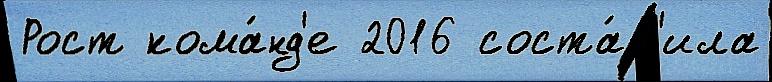
Рост кома́нд'е 2016 соста́в'ила